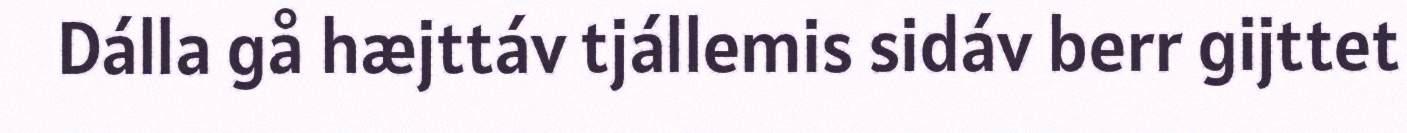
Dálla gå hæjttáv tjállemis sidáv berr gijttet